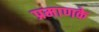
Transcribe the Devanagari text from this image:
प्रमाणके